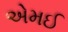
એમઈ